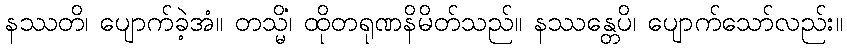
နဿတိ၊ ပျောက်ခဲ့အံ။ တသ္မိံ၊ ထိုတရုဏနိမိတ်သည်။ နဿန္တေပိ၊ ပျောက်သော်လည်း။